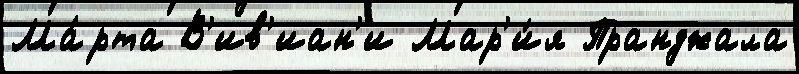
Ма́рта В'ив'иан'и Мар'и́я Пранджала